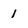
Character: 1